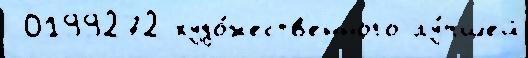
 0199272 худо́жеств'енного лу́чшей